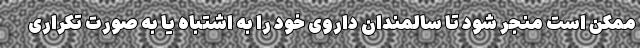
ممکن است منجر شود تا سالمندان داروی خود را به اشتباه یا به صورت تکراری